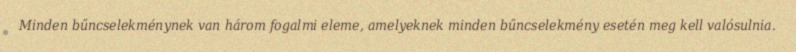
Minden bűncselekménynek van három fogalmi eleme, amelyeknek minden bűncselekmény esetén meg kell valósulnia.